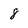
Character: 8